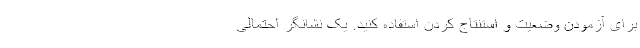
برای آزمودن وضعیت و استنتاج کردن استفاده کنید. یک نشانگر احتمالی